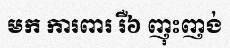
មក ការពារ រឺ៦ ញុះញង់